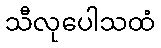
သီလုပေါသထံ